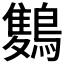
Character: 𪅥